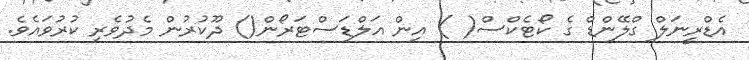
އެޑްރީނަލް ގްލޭންޑް ގެ ކޯޓެކްސް( ) އިން އަލްޑަސްޓަރޯން() ދޫކުރުން މެދުވެރި ކުރުވައެވެ.